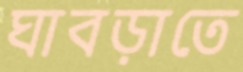
ঘাবড়াতে